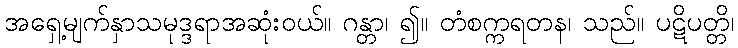
အရှေ့မျက်နှာသမုဒ္ဒရာအဆုံးဝယ်။ ဂန္တာ၊ ၍။ တံစက္ကရတန၊ သည်။ ပဋိပတ္တိ၊